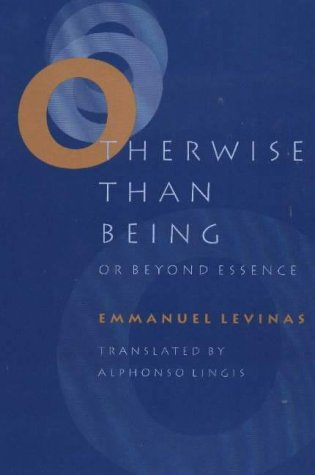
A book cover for Otherwise Than Being: Or Beyond Essence; Emmanuel Levinas; Politics & Social Sciences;